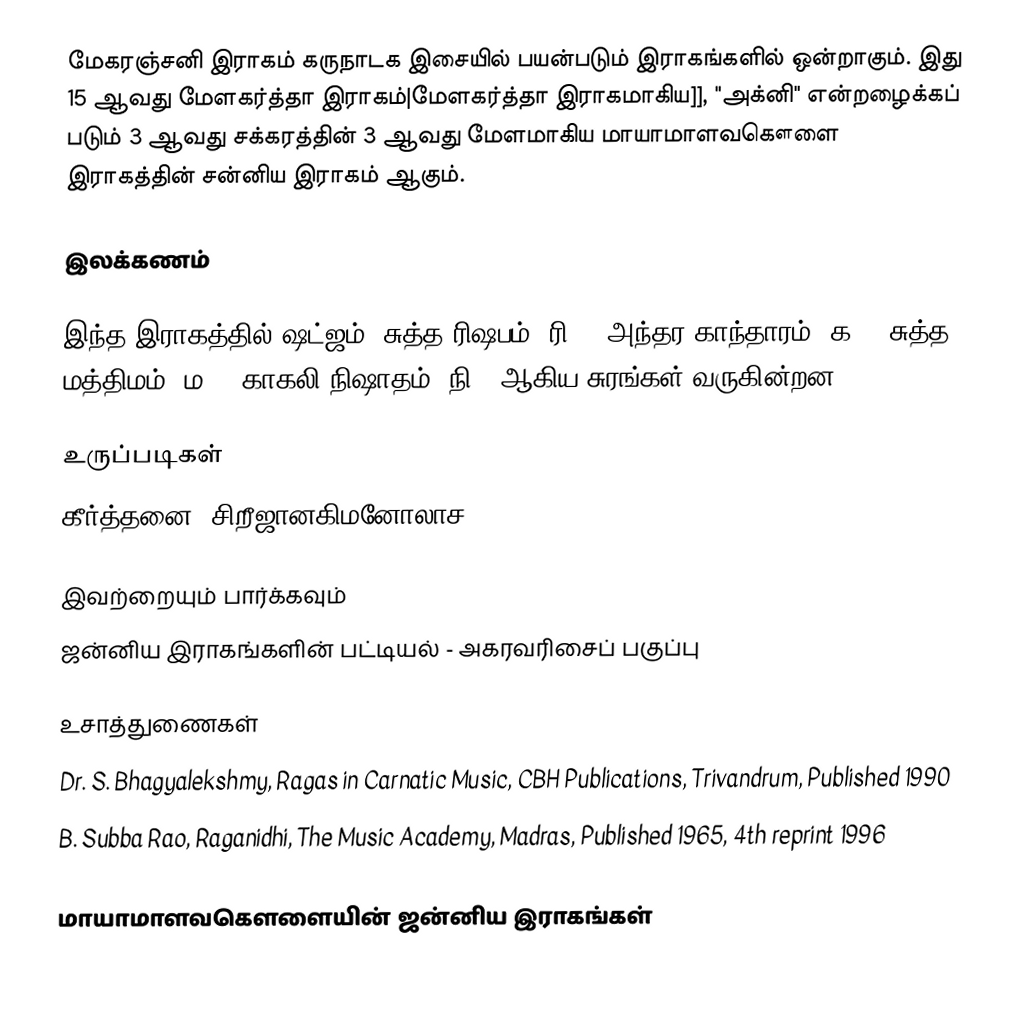
மேகரஞ்சனி இராகம் கருநாடக இசையில் பயன்படும் இராகங்களில் ஒன்றாகும். இது 15 ஆவது மேளகர்த்தா இராகம்|மேளகர்த்தா இராகமாகிய]], "அக்னி" என்றழைக்கப் படும் 3 ஆவது சக்கரத்தின் 3 ஆவது மேளமாகிய மாயாமாளவகௌளை இராகத்தின் சன்னிய இராகம் ஆகும்.

இலக்கணம்

இந்த இராகத்தில் ஷட்ஜம், சுத்த ரிஷபம் (ரி1),  அந்தர காந்தாரம் (க3), சுத்த மத்திமம் (ம1), காகலி நிஷாதம்  (நி3) ஆகிய சுரங்கள் வருகின்றன.

உருப்படிகள்
 கீர்த்தனை: சிறீஜானகிமனோலாச

இவற்றையும் பார்க்கவும்
 ஜன்னிய இராகங்களின் பட்டியல் - அகரவரிசைப் பகுப்பு

உசாத்துணைகள்
 Dr. S. Bhagyalekshmy, Ragas in Carnatic Music, CBH Publications, Trivandrum, Published 1990
 B. Subba Rao, Raganidhi, The Music Academy, Madras, Published 1965, 4th reprint 1996

மாயாமாளவகௌளையின் ஜன்னிய இராகங்கள்